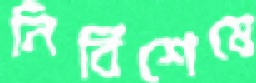
নির্বিশেষে